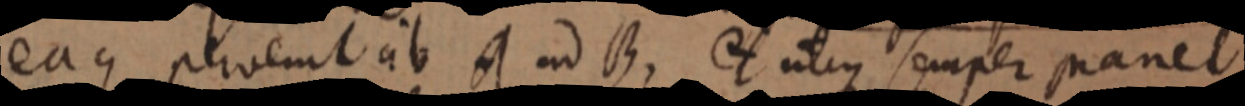
eaque pervenit ab A ad B, et utque semper panet